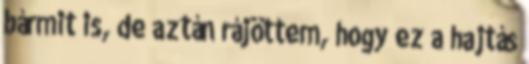
bármit is, de aztán rájöttem, hogy ez a hajtás